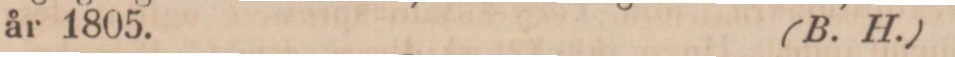
år 1805.    (B. H.)